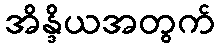
အိန္ဒိယအတွက်